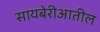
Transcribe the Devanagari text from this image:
सायबेरीआतील